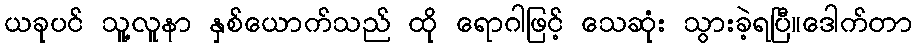
ယခုပင် သူ့လူနာ နှစ်ယောက်သည် ထို ရောဂါဖြင့် သေဆုံး သွားခဲ့ရပြီ။ဒေါက်တာ